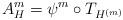
LaTeX: \begin{align*} A_H^m = \psi^m \circ T_{H^{(m)}}\end{align*}